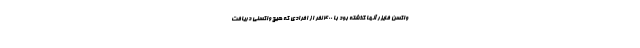
واکسن فایزر آنها گذشته بود با 400 نفر از افرادی که هیچ واکسنی دریافت